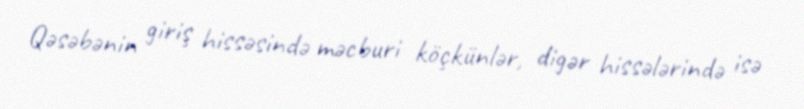
Qəsəbənin giriş hissəsində məcburi köçkünlər, digər hissələrində isə